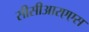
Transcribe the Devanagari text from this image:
सीसीआरएएस